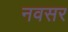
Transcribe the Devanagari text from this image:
नवसर